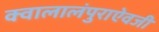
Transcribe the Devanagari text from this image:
क्वालालंपुराऐवजी